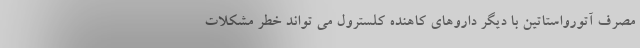
مصرف آتورواستاتین با دیگر داروهای کاهنده کلسترول می تواند خطر مشکلات